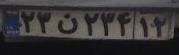
۲۳ن۲۳۴۱۲